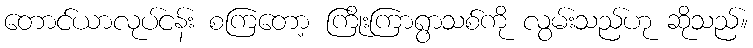
တောင်ယာလုပ်ငန်း စကြတော့ ကြိုးကြာရွာသစ်ကို လွမ်းသည်ဟု ဆိုသည်။